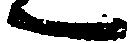
へ